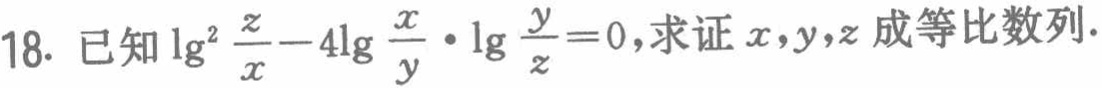
18. 已知\(\lg^{2}\frac{z}{x}-4\lg\frac{x}{y}\cdot\lg\frac{y}{z}=0\)，求证\(x,y,z\)成等比数列.